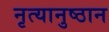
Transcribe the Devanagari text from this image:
नृत्यानुष्ठान